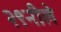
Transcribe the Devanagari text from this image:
२९नीले